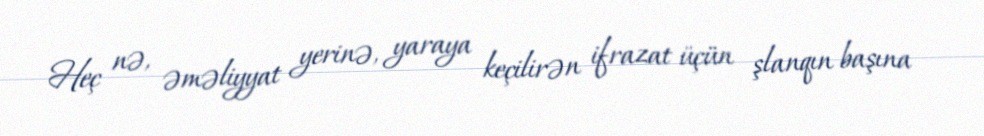
Heç nə, əməliyyat yerinə, yaraya keçilirən ifrazat üçün şlanqın başına